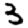
Digit: 3